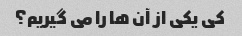
کی یکی از آن ها را می گیریم؟